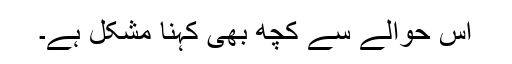
اس حوالے سے کچھ بھی کہنا مشکل ہے۔